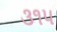
૩૧૫